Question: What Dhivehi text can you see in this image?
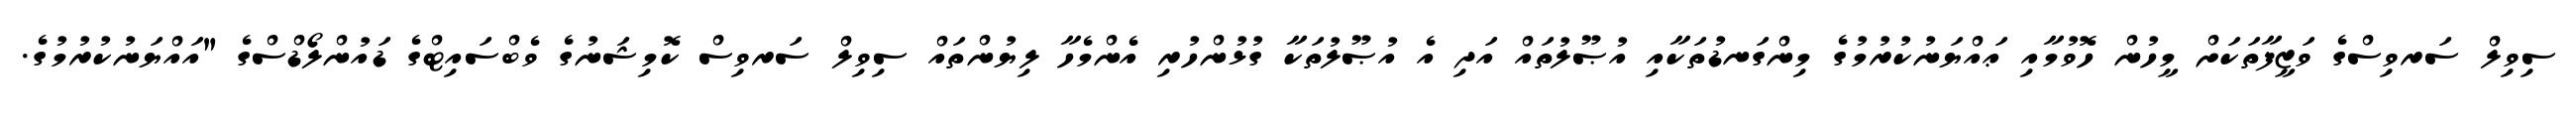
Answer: ސިވިލް ސަރވިސްގެ ވަޒީފާތަކަށް މީހުން ހޮވުމާއި ޢައްޔަނުކުރުމުގެ މިންގަނޑުތަކާއި އުޞޫލުތައް އަދި އެ އުޞޫލުތަކާ ގުޅުންހުރި އެންމެހާ ލިޔުންތައް ސިވިލް ސަރވިސް ކޮމިޝަނުގެ ވެބްސައިޓްގެ ޑައުންލޯޑްސްގެ "އައްޔަނުކުރުމުގެ.